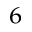
^ 6